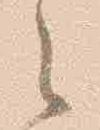
之